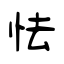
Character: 怯